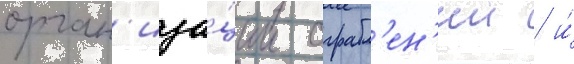
орган'иза́ции ограбл'ен'ии / и́